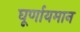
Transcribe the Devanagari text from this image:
घूर्णायमान